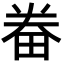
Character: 𤱵